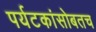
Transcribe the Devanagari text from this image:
पर्यटकांसोबतच